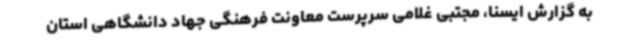
به گزارش ایسنا، مجتبی غلامی سرپرست معاونت فرهنگی جهاد دانشگاهی استان